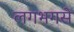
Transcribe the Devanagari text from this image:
लगभगसे